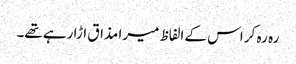
رہ رہ کر اس کے الفاظ میرا مذاق اڑا رہے تھے۔